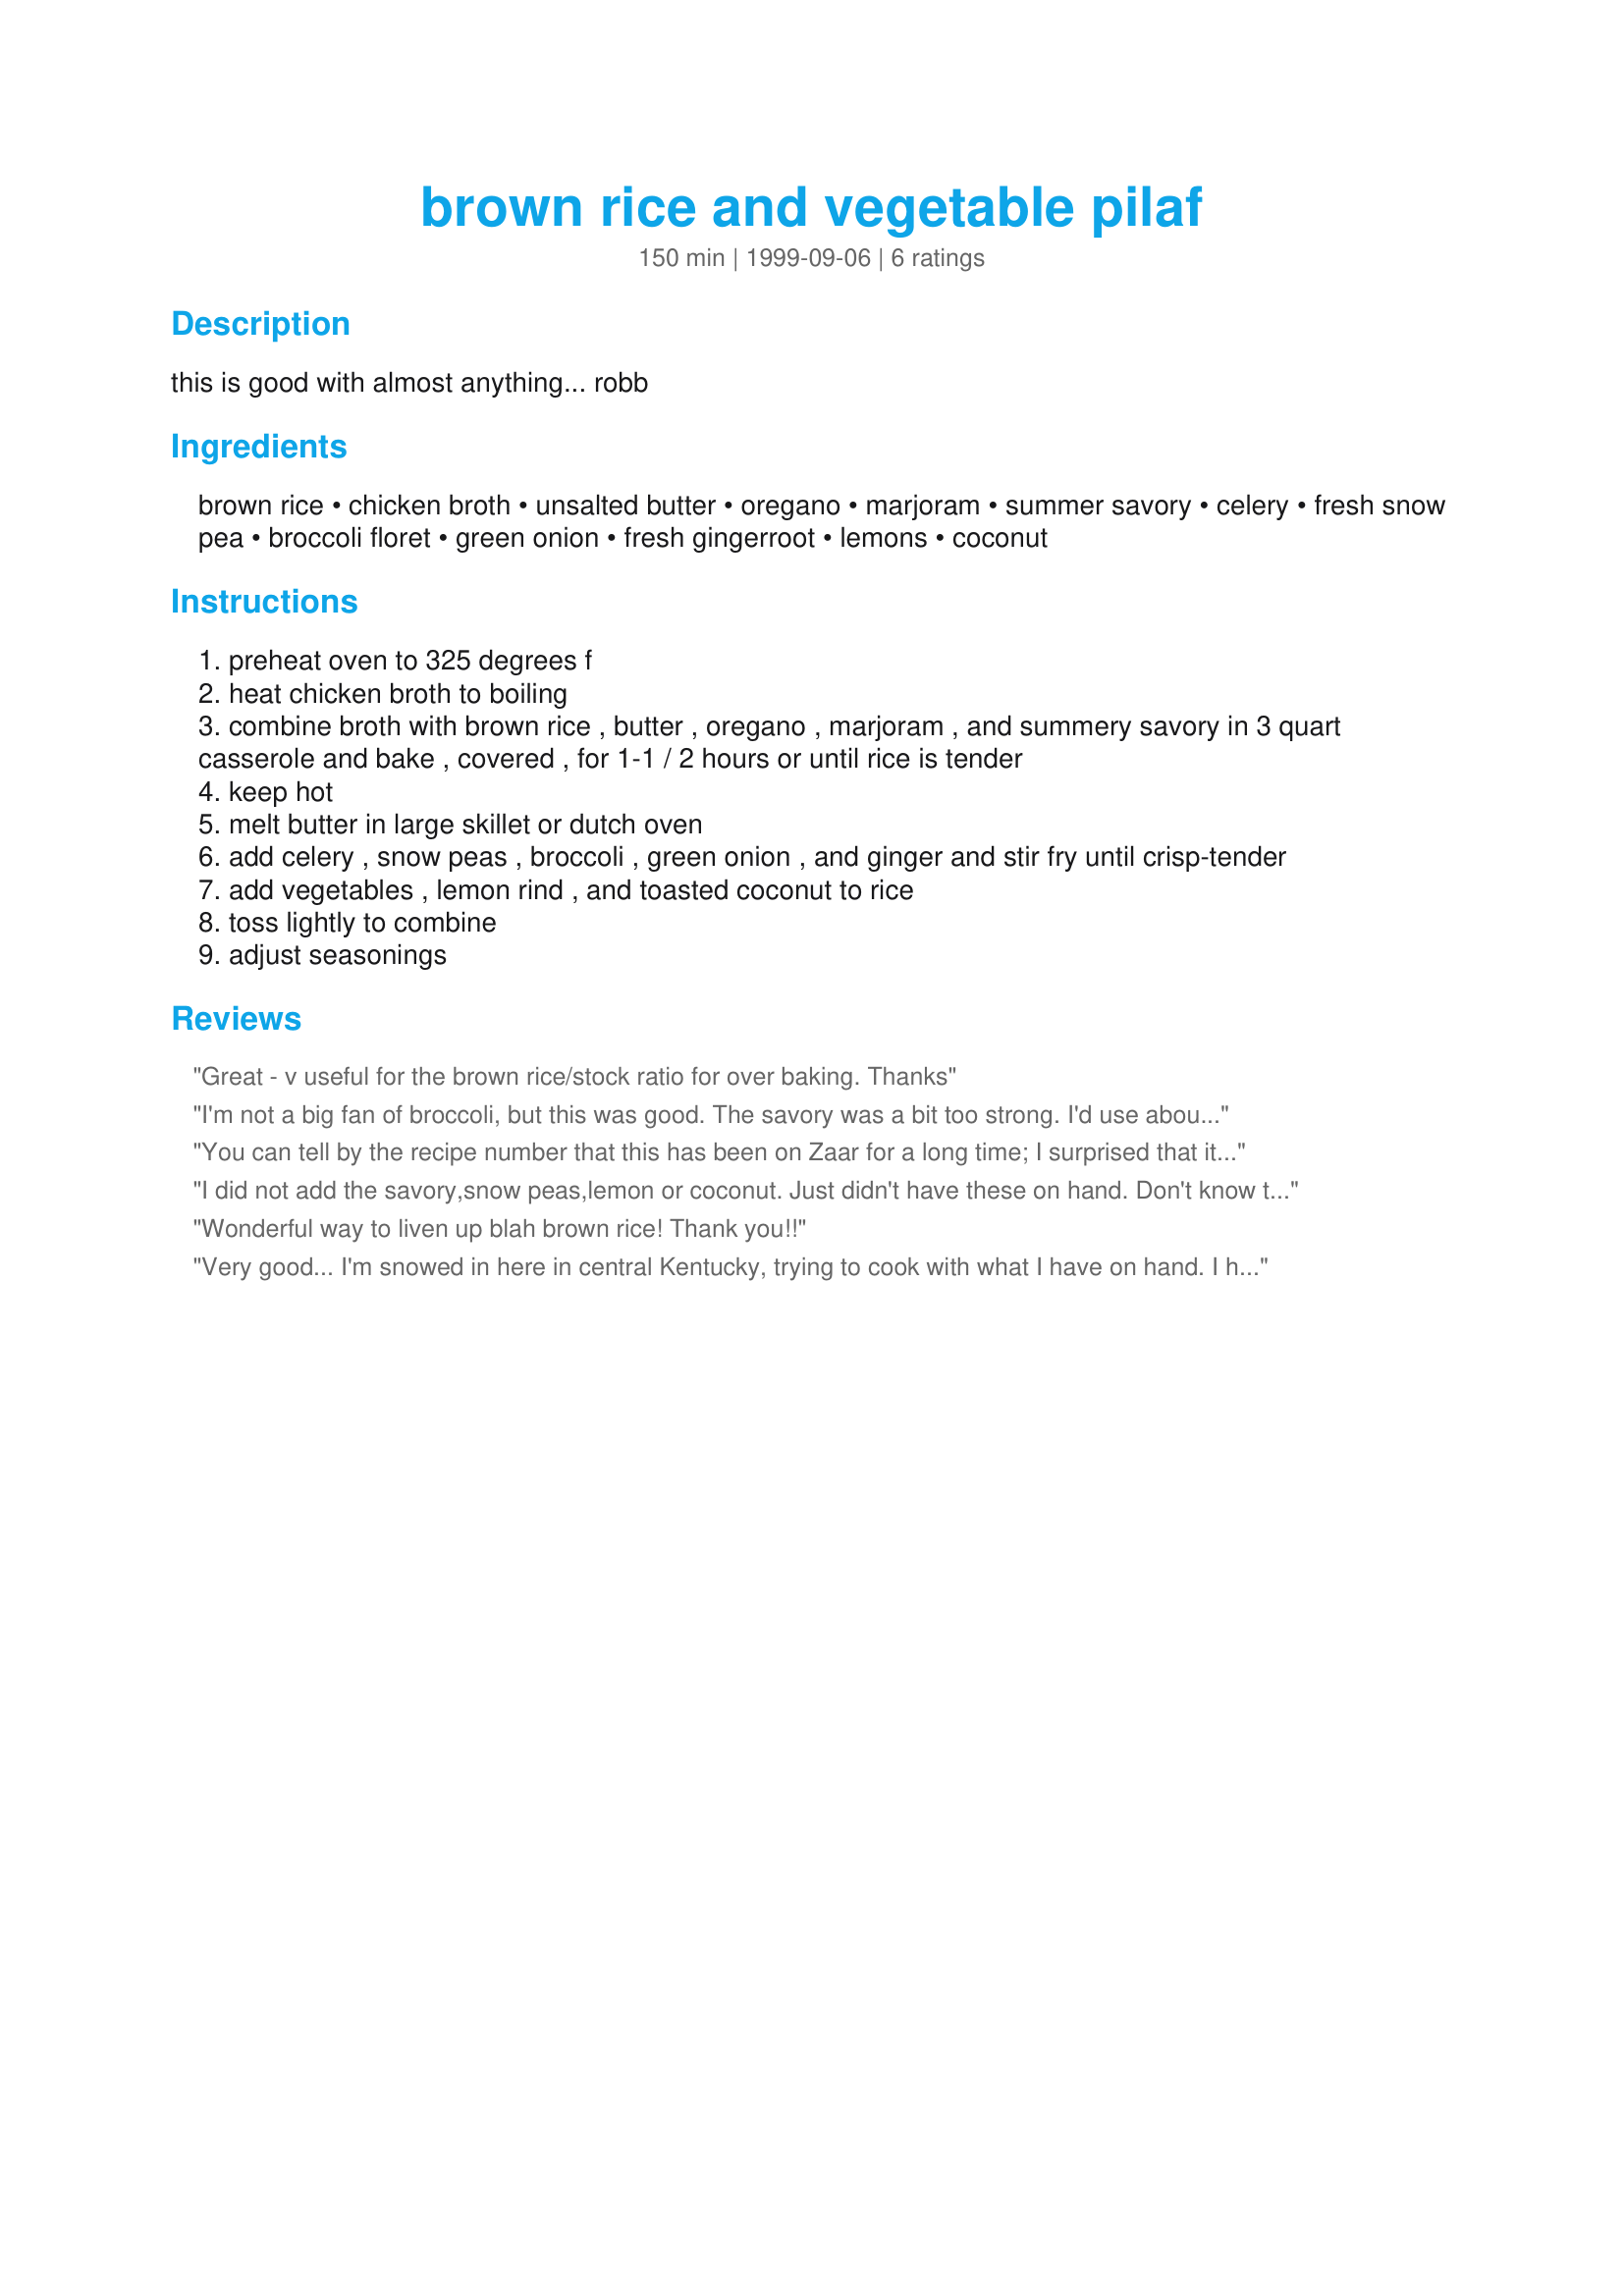
brown rice and vegetable pilaf
Preparation time: 150 minutes

this is good with almost anything... robb

Ingredients:
brown rice, chicken broth, unsalted butter, oregano, marjoram, summer savory, celery, fresh snow pea, broccoli floret, green onion, fresh gingerroot, lemons, coconut

Steps:
preheat oven to 325 degrees f
heat chicken broth to boiling
combine broth with brown rice , butter , oregano , marjoram , and summery savory in 3 quart casserole and bake , covered , for 1-1 / 2 hours or until rice is tender
keep hot
melt butter in large skillet or dutch oven
add celery , snow peas , broccoli , green onion , and ginger and stir fry until crisp-tender
add vegetables , lemon rind , and toasted coconut to rice
toss lightly to combine
adjust seasonings

Reviews:
Great - v useful for the brown rice/stock ratio for over baking. Thanks
I'm not a big fan of broccoli, but this was good. The savory was a bit too strong. I'd use about 4 tsps next time
You can tell by the recipe number that this has been on Zaar for a long time; I surprised that it hasn't been treid & reviewed by more chefs! Its a very easy & versatile recipe that gives great flavour to plain old boring brown rice. Due to lack of ingredients, I made the following substitutions: dried thyme for savory, powdered ginger for fresh, purple onion for green & lemon pepper for zest. I added dethawed frozen pea pods & broccoli florets once the celery & onions were tender. I'll repeat this recipe with different veggie combinations in the future. Thanx Robb!
I did not add the savory,snow peas,lemon or coconut. Just didn't have these on hand. Don't know that I would even use the coconut. BUT, what I did do is: Sautee the gr. onion, celery, ginger and fresh garlic in the 3 TBL butter. Added the chicken broth. Brought it to a boil then added sliced carrots the broccoli, mushrooms, oregano, marjoram, fresh basil and the rice. Brought that to a boil and then simmered for 20 minutes. Absolutely delicious! Next time I will add some slivered water chestnuts for some crunch. Yum!!
Wonderful way to liven up blah brown rice! Thank you!!
Very good... I'm snowed in here in central Kentucky, trying to cook with what I have on hand. I had a big bag of brown rice and little else. Used dried rosemary and oregano in rice, then Sauteed onions, carrots, and celery in EVOO until tender. Excellent recipe. Thanks!
